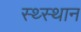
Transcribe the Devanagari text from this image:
स्‍थ्‍स्थान